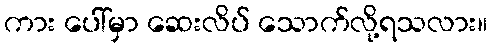
ကား ပေါ်မှာ ဆေးလိပ် သောက်လို့ရသလား။